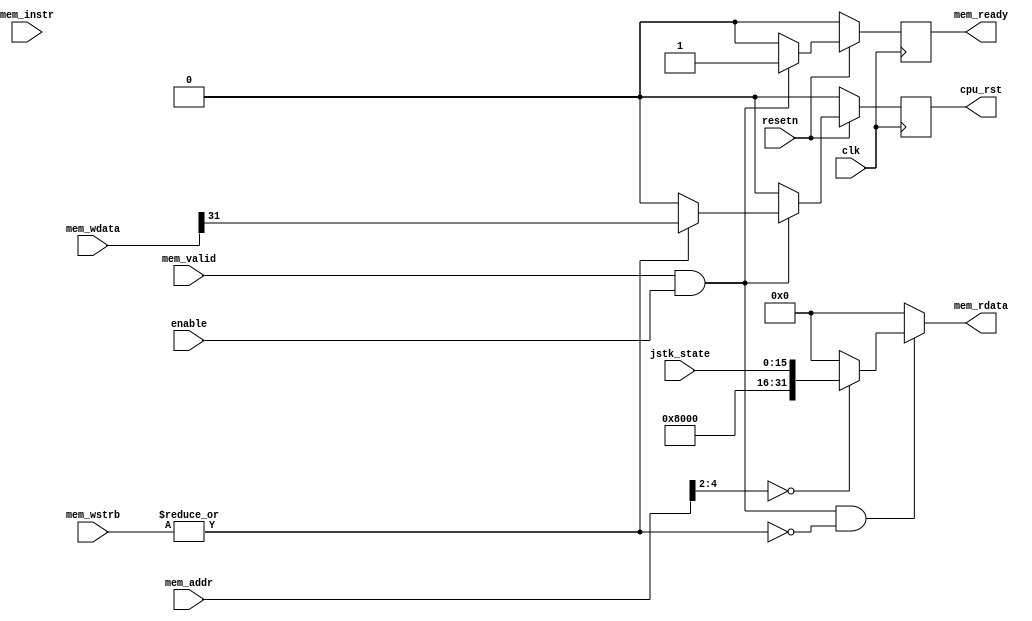
module sys_ctrl (
    // Bus interface
    input  wire        clk,
    input  wire        resetn,
    input  wire        enable,
    input  wire        mem_valid,
    output wire        mem_ready,
    input  wire        mem_instr,
    input  wire [3:0]  mem_wstrb,
    input  wire [31:0] mem_wdata,
    input  wire [31:0] mem_addr,
    output wire [31:0] mem_rdata,

    output wire        cpu_rst,
    input  wire [15:0] jstk_state
);

    reg   fpga_rst = 1'b0;
    reg   rdy;

    assign cpu_rst = fpga_rst;
    always @(posedge clk) begin
        if (!resetn) begin
            fpga_rst <= 1'b0;
            rdy <= 0;
        end else begin
            fpga_rst <= 0;
            if (mem_valid & enable) begin
                if (|mem_wstrb) begin
                    fpga_rst <= mem_wdata[31];
                end
                rdy <= 1;
            end else begin
                rdy <= 0;
            end
        end
    end

    reg [31:0]  data_out;
    always @(*) begin
        data_out  = 32'h00;
        if (mem_valid & enable & ~(|mem_wstrb)) begin
          case (mem_addr[4:2])
              3'h0: data_out = {16'h8000, jstk_state};
              default:;
          endcase
        end
    end

    // Tri-state the bus outputs.
    assign mem_rdata = data_out;
    assign mem_ready = rdy;

endmodule